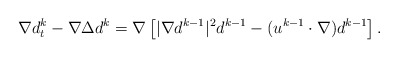
\begin{align*}\nabla d_t^k -\nabla \Delta d^k=\nabla \left[|\nabla d^{k-1}|^2 d^{k-1}-(u^{k-1}\cdot \nabla)d^{k-1}\right].\end{align*}